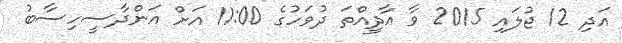
އަދި 12 ޖުލައި 2015 ވާ އާދީއްތަ ދުވަހުގެ 11:00 އަށް އަންދާސީހިސާބު